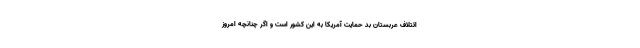
ائتلاف عربستان بد حمایت آمریکا به این کشور است و اگر چنانچه امروز